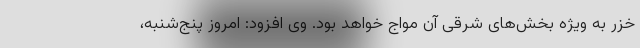
خزر به ویژه بخش‌های شرقی آن مواج خواهد بود. وی افزود: امروز پنج‌شنبه،